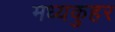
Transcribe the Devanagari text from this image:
मध्यकुहर